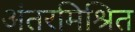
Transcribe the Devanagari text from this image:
अंतरमिश्रित